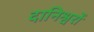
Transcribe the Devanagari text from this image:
दानिश्वरों